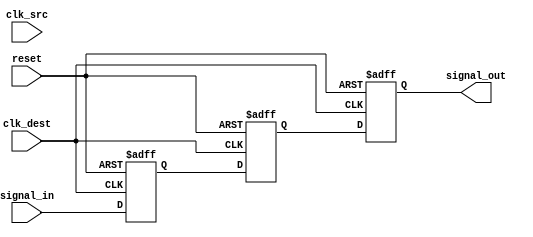
module signal_level_crossing_synchronizer #(
    parameter WIDTH = 1  // Width of the input signal
)(
    input  wire              clk_src,      // Source clock
    input  wire              clk_dest,     // Destination clock
    input  wire [WIDTH-1:0] signal_in,    // Input signal from source clock domain
    input  wire              reset,        // Asynchronous reset
    output reg  [WIDTH-1:0] signal_out     // Synchronized output signal
);

    // Internal registers for the dual flip-flop synchronizer
    reg [WIDTH-1:0] sync_ff1; // First flip-flop
    reg [WIDTH-1:0] sync_ff2; // Second flip-flop

    // First flip-flop: samples the input signal on the destination clock
    always @(posedge clk_dest or posedge reset) begin
        if (reset) begin
            sync_ff1 <= 0; // Reset state
        end else begin
            sync_ff1 <= signal_in; // Sample input signal
        end
    end

    // Second flip-flop: provides the synchronized output
    always @(posedge clk_dest or posedge reset) begin
        if (reset) begin
            sync_ff2 <= 0; // Reset state
        end else begin
            sync_ff2 <= sync_ff1; // Pass the sampled signal to output
        end
    end

    // Output assignment
    always @(posedge clk_dest or posedge reset) begin
        if (reset) begin
            signal_out <= 0; // Reset state
        end else begin
            signal_out <= sync_ff2; // Synchronized output
        end
    end

endmodule